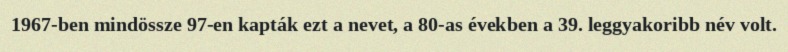
1967-ben mindössze 97-en kapták ezt a nevet, a 80-as években a 39. leggyakoribb név volt.